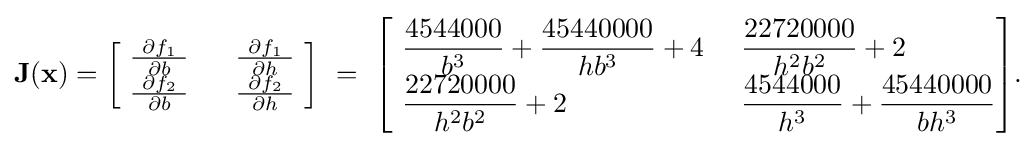
{\begin{aligned}\mathbf {J} (\mathbf {x} )={\begin{bmatrix}~{\frac {\ \partial {f_{1}}\ }{\partial {b}}}\ &~{\frac {\ \partial {f_{1}}\ }{\partial {h}}}~\\~{\frac {\ \partial {f_{2}}\ }{\partial {b}}}\ &~{\frac {\ \partial {f_{2}}\ }{\partial {h}}}~\end{bmatrix}}~=~{\begin{bmatrix}{\begin{aligned}~&{\frac {4544000}{b^{3}}}+{\frac {45440000}{hb^{3}}}+4\ &&{\frac {22720000}{h^{2}b^{2}}}+2\\~&{\frac {22720000}{h^{2}b^{2}}}+2\ &&{\frac {4544000}{h^{3}}}+{\frac {45440000}{bh^{3}}}\end{aligned}}\end{bmatrix}}.\end{aligned}}